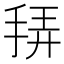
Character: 𭠴